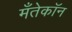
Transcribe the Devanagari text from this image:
मँतेकॉन